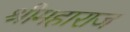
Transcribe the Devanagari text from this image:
श्रीमहाराज